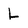
Character: L